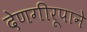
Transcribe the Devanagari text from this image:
देणगीरूपाने